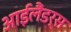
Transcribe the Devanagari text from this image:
आईलैंडर्स